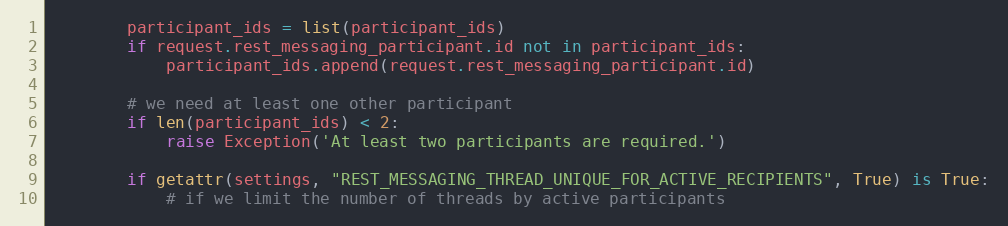
Language: Python
        participant_ids = list(participant_ids)
        if request.rest_messaging_participant.id not in participant_ids:
            participant_ids.append(request.rest_messaging_participant.id)

        # we need at least one other participant
        if len(participant_ids) < 2:
            raise Exception('At least two participants are required.')

        if getattr(settings, "REST_MESSAGING_THREAD_UNIQUE_FOR_ACTIVE_RECIPIENTS", True) is True:
            # if we limit the number of threads by active participants